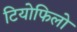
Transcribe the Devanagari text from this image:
टियोफिलो